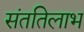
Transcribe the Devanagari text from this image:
संततिलाभ